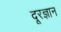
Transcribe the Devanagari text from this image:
दूरज्ञान